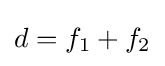
d=f_{1}+f_{2}